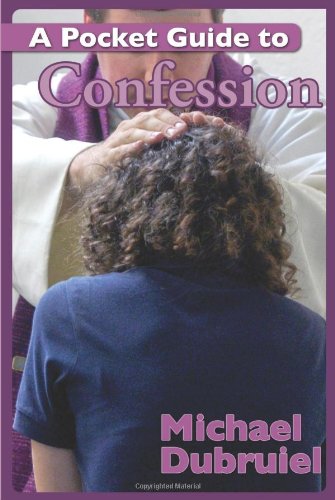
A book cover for A Pocket Guide to Confession; Michael Dubruiel; Christian Books & Bibles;